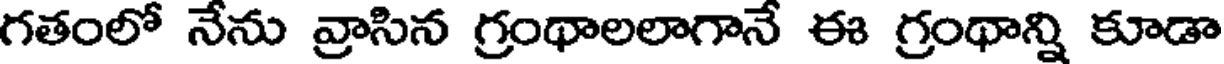
గతంలో నేను వ్రాసిన గ్రంథాలలాగానే ఈ గ్రంథాన్ని కూడా